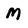
Character: M